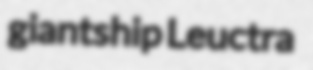
giantship Leuctra